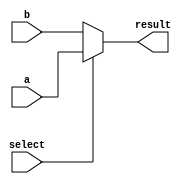
module conditional_assignment (
    input wire [3:0] a,          // 4-bit input signal a
    input wire [3:0] b,          // 4-bit input signal b
    input wire select,           // Control signal for selection
    output wire [3:0] result     // 4-bit output signal
);

// Conditional continuous assignment using the ternary operator
assign result = (select) ? a : b;

endmodule